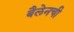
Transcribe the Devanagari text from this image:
बैलेनची